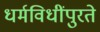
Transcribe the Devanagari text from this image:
धर्मविधींपुरते